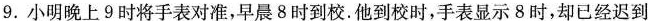
9.小明晚上9时将手表对准，早晨8时到校。他到校时，手表显示8时，却已经迟到